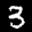
Label: 3